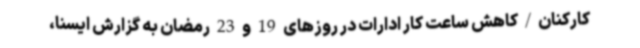
کارکنان/کاهش ساعت کار ادارات در روزهای 19 و 23 رمضان به گزارش ایسنا،